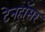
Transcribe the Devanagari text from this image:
टेनहॉसर